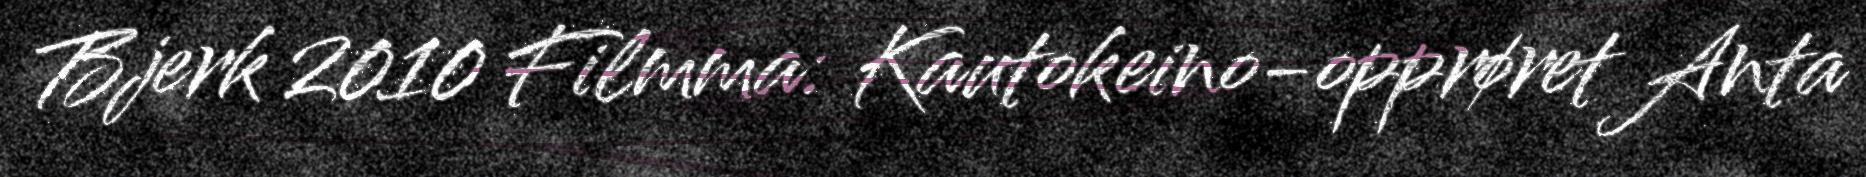
Bjerk 2010 Filmma: Kautokeino-opprøret Anta